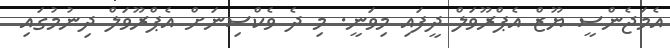
އެމަޖެންސީ ޔޫޒް އެޕްރޫވަލް ދީފައި މިވަނީ. މި ދެ ވެކްސިނަށް އެޕްރޫވަލް ދިނުމުގައި